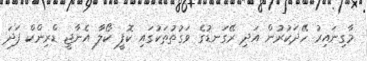
މާގިނައިރު ހޭދަކުރުން އަދި ރޭގަނޑުގެ ވަގުތުތަކުގައި ކޮފީ ކޯލާ އެނާޖީ ޑްރިންކް ފަދަ